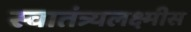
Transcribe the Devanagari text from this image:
स्वातंत्र्यलक्ष्मीस